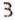
3